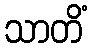
သာတိံ